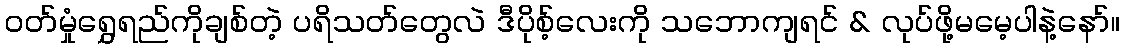
ဝတ်မှုံရွှေရည်ကိုချစ်တဲ့ ပရိသတ်တွေလဲ ဒီပိုစ့်လေးကို သဘောကျရင် & လုပ်ဖို့မမေ့ပါနဲ့နော်။